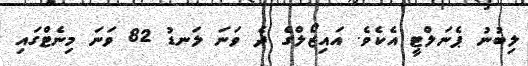
ލިބުނު ޕެނަލްޓީ އެކެވެ. އައިޒޯލްގެ ދެ ވަނަ ލަނޑު 82 ވަނަ މިނެޓްގައި